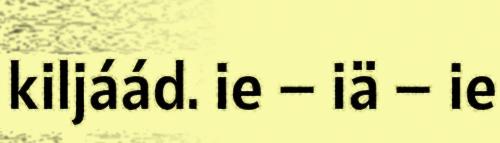
kiljáád. ie – iä – ie